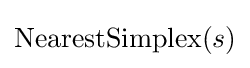
\mathrm {NearestSimplex} (s)